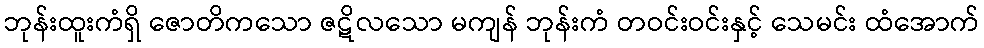
ဘုန်းထူးကံရှိ ဇောတိကသော ဇဋိလသော မကျန် ဘုန်းကံ တဝင်းဝင်းနှင့် သေမင်း ထံအောက်